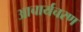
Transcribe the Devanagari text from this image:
आचार्यचरण